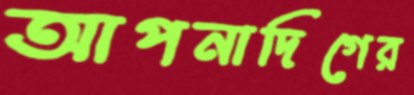
আপনাদিগের